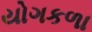
યોગકળા